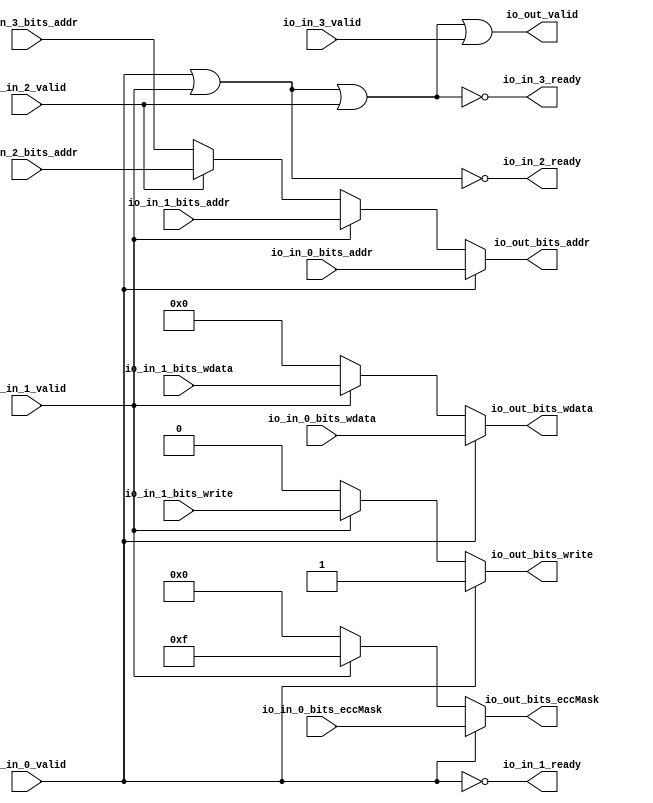
// Copyright (c) 2017, Microsemi Corporation
// All rights reserved.
//
// Redistribution and use in source and binary forms, with or without
// modification, are permitted provided that the following conditions are met:
//     * Redistributions of source code must retain the above copyright
//       notice, this list of conditions and the following disclaimer.
//     * Redistributions in binary form must reproduce the above copyright
//       notice, this list of conditions and the following disclaimer in the
//       documentation and/or other materials provided with the distribution.
//     * Neither the name of the <organization> nor the
//       names of its contributors may be used to endorse or promote products
//       derived from this software without specific prior written permission.
//
// THIS SOFTWARE IS PROVIDED BY THE COPYRIGHT HOLDERS AND CONTRIBUTORS "AS IS" AND
// ANY EXPRESS OR IMPLIED WARRANTIES, INCLUDING, BUT NOT LIMITED TO, THE IMPLIED
// WARRANTIES OF MERCHANTABILITY AND FITNESS FOR A PARTICULAR PURPOSE ARE
// DISCLAIMED. IN NO EVENT SHALL MICROSEMI CORPORATIONM BE LIABLE FOR ANY
// DIRECT, INDIRECT, INCIDENTAL, SPECIAL, EXEMPLARY, OR CONSEQUENTIAL DAMAGES
// (INCLUDING, BUT NOT LIMITED TO, PROCUREMENT OF SUBSTITUTE GOODS OR SERVICES;
// LOSS OF USE, DATA, OR PROFITS; OR BUSINESS INTERRUPTION) HOWEVER CAUSED AND
// ON ANY THEORY OF LIABILITY, WHETHER IN CONTRACT, STRICT LIABILITY, OR TORT
// (INCLUDING NEGLIGENCE OR OTHERWISE) ARISING IN ANY WAY OUT OF THE USE OF THIS
// SOFTWARE, EVEN IF ADVISED OF THE POSSIBILITY OF SUCH DAMAGE.
//
// APACHE LICENSE
// Copyright (c) 2017, Microsemi Corporation 
//
// Licensed under the Apache License, Version 2.0 (the "License");
// you may not use this file except in compliance with the License.
// You may obtain a copy of the License at
//
//    http://www.apache.org/licenses/LICENSE-2.0
//
// Unless required by applicable law or agreed to in writing, software
// distributed under the License is distributed on an "AS IS" BASIS,
// WITHOUT WARRANTIES OR CONDITIONS OF ANY KIND, either express or implied.
// See the License for the specific language governing permissions and
// limitations under the License.
//
// Description:
//
// SVN Revision Information:
// SVN $Revision: $
// SVN $Date: $
//
// Resolved SARs
// SAR      Date     Who   Description
//
// Notes:
//
// ****************************************************************************/
`ifndef RANDOMIZE_REG_INIT 
	 `define RANDOMIZE_REG_INIT 
 `endif
`ifndef RANDOMIZE_MEM_INIT 
	 `define RANDOMIZE_MEM_INIT 
 `endif
`ifndef RANDOMIZE 
	 `define RANDOMIZE 
`endif

`timescale 1ns/10ps
module MiV_AXI_MiV_AXI_0_MIV_RV32IMA_L1_AXI_ARBITER_1( // @[:freechips.rocketchip.system.MivRV32ImaL1AhbConfig.fir@100367.2]
  input         io_in_0_valid, // @[:freechips.rocketchip.system.MivRV32ImaL1AhbConfig.fir@100370.4]
  input  [12:0] io_in_0_bits_addr, // @[:freechips.rocketchip.system.MivRV32ImaL1AhbConfig.fir@100370.4]
  input  [31:0] io_in_0_bits_wdata, // @[:freechips.rocketchip.system.MivRV32ImaL1AhbConfig.fir@100370.4]
  input  [3:0]  io_in_0_bits_eccMask, // @[:freechips.rocketchip.system.MivRV32ImaL1AhbConfig.fir@100370.4]
  output        io_in_1_ready, // @[:freechips.rocketchip.system.MivRV32ImaL1AhbConfig.fir@100370.4]
  input         io_in_1_valid, // @[:freechips.rocketchip.system.MivRV32ImaL1AhbConfig.fir@100370.4]
  input  [12:0] io_in_1_bits_addr, // @[:freechips.rocketchip.system.MivRV32ImaL1AhbConfig.fir@100370.4]
  input         io_in_1_bits_write, // @[:freechips.rocketchip.system.MivRV32ImaL1AhbConfig.fir@100370.4]
  input  [31:0] io_in_1_bits_wdata, // @[:freechips.rocketchip.system.MivRV32ImaL1AhbConfig.fir@100370.4]
  output        io_in_2_ready, // @[:freechips.rocketchip.system.MivRV32ImaL1AhbConfig.fir@100370.4]
  input         io_in_2_valid, // @[:freechips.rocketchip.system.MivRV32ImaL1AhbConfig.fir@100370.4]
  input  [12:0] io_in_2_bits_addr, // @[:freechips.rocketchip.system.MivRV32ImaL1AhbConfig.fir@100370.4]
  output        io_in_3_ready, // @[:freechips.rocketchip.system.MivRV32ImaL1AhbConfig.fir@100370.4]
  input         io_in_3_valid, // @[:freechips.rocketchip.system.MivRV32ImaL1AhbConfig.fir@100370.4]
  input  [12:0] io_in_3_bits_addr, // @[:freechips.rocketchip.system.MivRV32ImaL1AhbConfig.fir@100370.4]
  output        io_out_valid, // @[:freechips.rocketchip.system.MivRV32ImaL1AhbConfig.fir@100370.4]
  output [12:0] io_out_bits_addr, // @[:freechips.rocketchip.system.MivRV32ImaL1AhbConfig.fir@100370.4]
  output        io_out_bits_write, // @[:freechips.rocketchip.system.MivRV32ImaL1AhbConfig.fir@100370.4]
  output [31:0] io_out_bits_wdata, // @[:freechips.rocketchip.system.MivRV32ImaL1AhbConfig.fir@100370.4]
  output [3:0]  io_out_bits_eccMask // @[:freechips.rocketchip.system.MivRV32ImaL1AhbConfig.fir@100370.4]
);
  wire [12:0] _GEN_6; // @[Arbiter.scala 119:27:freechips.rocketchip.system.MivRV32ImaL1AhbConfig.fir@100379.4]
  wire [3:0] _GEN_9; // @[Arbiter.scala 119:27:freechips.rocketchip.system.MivRV32ImaL1AhbConfig.fir@100388.4]
  wire [31:0] _GEN_11; // @[Arbiter.scala 119:27:freechips.rocketchip.system.MivRV32ImaL1AhbConfig.fir@100388.4]
  wire  _GEN_12; // @[Arbiter.scala 119:27:freechips.rocketchip.system.MivRV32ImaL1AhbConfig.fir@100388.4]
  wire [12:0] _GEN_13; // @[Arbiter.scala 119:27:freechips.rocketchip.system.MivRV32ImaL1AhbConfig.fir@100388.4]
  wire [3:0] _GEN_16; // @[Arbiter.scala 119:27:freechips.rocketchip.system.MivRV32ImaL1AhbConfig.fir@100397.4]
  wire [31:0] _GEN_18; // @[Arbiter.scala 119:27:freechips.rocketchip.system.MivRV32ImaL1AhbConfig.fir@100397.4]
  wire  _GEN_19; // @[Arbiter.scala 119:27:freechips.rocketchip.system.MivRV32ImaL1AhbConfig.fir@100397.4]
  wire [12:0] _GEN_20; // @[Arbiter.scala 119:27:freechips.rocketchip.system.MivRV32ImaL1AhbConfig.fir@100397.4]
  wire  _T_68; // @[Arbiter.scala 29:68:freechips.rocketchip.system.MivRV32ImaL1AhbConfig.fir@100406.4]
  wire  _T_69; // @[Arbiter.scala 29:68:freechips.rocketchip.system.MivRV32ImaL1AhbConfig.fir@100407.4]
  wire  _T_71; // @[Arbiter.scala 29:78:freechips.rocketchip.system.MivRV32ImaL1AhbConfig.fir@100408.4]
  wire  _T_73; // @[Arbiter.scala 29:78:freechips.rocketchip.system.MivRV32ImaL1AhbConfig.fir@100409.4]
  wire  _T_75; // @[Arbiter.scala 29:78:freechips.rocketchip.system.MivRV32ImaL1AhbConfig.fir@100410.4]
  wire  _T_81; // @[Arbiter.scala 128:19:freechips.rocketchip.system.MivRV32ImaL1AhbConfig.fir@100419.4]
  wire  _T_82; // @[Arbiter.scala 128:31:freechips.rocketchip.system.MivRV32ImaL1AhbConfig.fir@100420.4]
  assign _GEN_6 = io_in_2_valid ? io_in_2_bits_addr : io_in_3_bits_addr; // @[Arbiter.scala 119:27:freechips.rocketchip.system.MivRV32ImaL1AhbConfig.fir@100379.4]
  assign _GEN_9 = io_in_1_valid ? 4'hf : 4'h0; // @[Arbiter.scala 119:27:freechips.rocketchip.system.MivRV32ImaL1AhbConfig.fir@100388.4]
  assign _GEN_11 = io_in_1_valid ? io_in_1_bits_wdata : 32'h0; // @[Arbiter.scala 119:27:freechips.rocketchip.system.MivRV32ImaL1AhbConfig.fir@100388.4]
  assign _GEN_12 = io_in_1_valid ? io_in_1_bits_write : 1'h0; // @[Arbiter.scala 119:27:freechips.rocketchip.system.MivRV32ImaL1AhbConfig.fir@100388.4]
  assign _GEN_13 = io_in_1_valid ? io_in_1_bits_addr : _GEN_6; // @[Arbiter.scala 119:27:freechips.rocketchip.system.MivRV32ImaL1AhbConfig.fir@100388.4]
  assign _GEN_16 = io_in_0_valid ? io_in_0_bits_eccMask : _GEN_9; // @[Arbiter.scala 119:27:freechips.rocketchip.system.MivRV32ImaL1AhbConfig.fir@100397.4]
  assign _GEN_18 = io_in_0_valid ? io_in_0_bits_wdata : _GEN_11; // @[Arbiter.scala 119:27:freechips.rocketchip.system.MivRV32ImaL1AhbConfig.fir@100397.4]
  assign _GEN_19 = io_in_0_valid ? 1'h1 : _GEN_12; // @[Arbiter.scala 119:27:freechips.rocketchip.system.MivRV32ImaL1AhbConfig.fir@100397.4]
  assign _GEN_20 = io_in_0_valid ? io_in_0_bits_addr : _GEN_13; // @[Arbiter.scala 119:27:freechips.rocketchip.system.MivRV32ImaL1AhbConfig.fir@100397.4]
  assign _T_68 = io_in_0_valid | io_in_1_valid; // @[Arbiter.scala 29:68:freechips.rocketchip.system.MivRV32ImaL1AhbConfig.fir@100406.4]
  assign _T_69 = _T_68 | io_in_2_valid; // @[Arbiter.scala 29:68:freechips.rocketchip.system.MivRV32ImaL1AhbConfig.fir@100407.4]
  assign _T_71 = io_in_0_valid == 1'h0; // @[Arbiter.scala 29:78:freechips.rocketchip.system.MivRV32ImaL1AhbConfig.fir@100408.4]
  assign _T_73 = _T_68 == 1'h0; // @[Arbiter.scala 29:78:freechips.rocketchip.system.MivRV32ImaL1AhbConfig.fir@100409.4]
  assign _T_75 = _T_69 == 1'h0; // @[Arbiter.scala 29:78:freechips.rocketchip.system.MivRV32ImaL1AhbConfig.fir@100410.4]
  assign _T_81 = _T_75 == 1'h0; // @[Arbiter.scala 128:19:freechips.rocketchip.system.MivRV32ImaL1AhbConfig.fir@100419.4]
  assign _T_82 = _T_81 | io_in_3_valid; // @[Arbiter.scala 128:31:freechips.rocketchip.system.MivRV32ImaL1AhbConfig.fir@100420.4]
  assign io_in_1_ready = _T_71;
  assign io_in_2_ready = _T_73;
  assign io_in_3_ready = _T_75;
  assign io_out_valid = _T_82;
  assign io_out_bits_addr = _GEN_20;
  assign io_out_bits_write = _GEN_19;
  assign io_out_bits_wdata = _GEN_18;
  assign io_out_bits_eccMask = _GEN_16;
endmodule